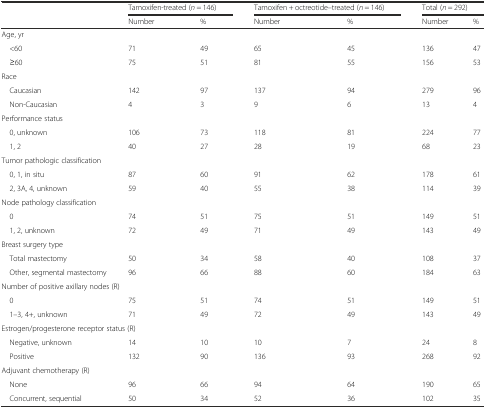
<table><thead><tr><td></td><td colspan="2"><b>Tamoxifen-treated (<i>n</i> = 146)</b></td><td colspan="2"><b>Tamoxifen + octreotide–treated (<i>n</i> = 146)</b></td><td colspan="2"><b>Total (<i>n</i> = 292)</b></td></tr><tr><td></td><td><b>Number</b></td><td><b>%</b></td><td><b>Number</b></td><td><b>%</b></td><td><b>Number</b></td><td><b>%</b></td></tr></thead><tbody><tr><td colspan="7">Age, yr</td></tr><tr><td> &lt;60</td><td>71</td><td>49</td><td>65</td><td>45</td><td>136</td><td>47</td></tr><tr><td> ≥60</td><td>75</td><td>51</td><td>81</td><td>55</td><td>156</td><td>53</td></tr><tr><td colspan="7">Race</td></tr><tr><td> Caucasian</td><td>142</td><td>97</td><td>137</td><td>94</td><td>279</td><td>96</td></tr><tr><td> Non-Caucasian</td><td>4</td><td>3</td><td>9</td><td>6</td><td>13</td><td>4</td></tr><tr><td colspan="7">Performance status</td></tr><tr><td> 0, unknown</td><td>106</td><td>73</td><td>118</td><td>81</td><td>224</td><td>77</td></tr><tr><td> 1, 2</td><td>40</td><td>27</td><td>28</td><td>19</td><td>68</td><td>23</td></tr><tr><td colspan="7">Tumor pathologic classification</td></tr><tr><td> 0, 1, in situ</td><td>87</td><td>60</td><td>91</td><td>62</td><td>178</td><td>61</td></tr><tr><td> 2, 3A, 4, unknown</td><td>59</td><td>40</td><td>55</td><td>38</td><td>114</td><td>39</td></tr><tr><td colspan="7">Node pathology classification</td></tr><tr><td> 0</td><td>74</td><td>51</td><td>75</td><td>51</td><td>149</td><td>51</td></tr><tr><td> 1, 2, unknown</td><td>72</td><td>49</td><td>71</td><td>49</td><td>143</td><td>49</td></tr><tr><td colspan="7">Breast surgery type</td></tr><tr><td> Total mastectomy</td><td>50</td><td>34</td><td>58</td><td>40</td><td>108</td><td>37</td></tr><tr><td> Other, segmental mastectomy</td><td>96</td><td>66</td><td>88</td><td>60</td><td>184</td><td>63</td></tr><tr><td colspan="7">Number of positive axillary nodes (R)</td></tr><tr><td> 0</td><td>75</td><td>51</td><td>74</td><td>51</td><td>149</td><td>51</td></tr><tr><td> 1–3, 4+, unknown</td><td>71</td><td>49</td><td>72</td><td>49</td><td>143</td><td>49</td></tr><tr><td colspan="7">Estrogen/progesterone receptor status (R)</td></tr><tr><td> Negative, unknown</td><td>14</td><td>10</td><td>10</td><td>7</td><td>24</td><td>8</td></tr><tr><td> Positive</td><td>132</td><td>90</td><td>136</td><td>93</td><td>268</td><td>92</td></tr><tr><td colspan="7">Adjuvant chemotherapy (R)</td></tr><tr><td> None</td><td>96</td><td>66</td><td>94</td><td>64</td><td>190</td><td>65</td></tr><tr><td> Concurrent, sequential</td><td>50</td><td>34</td><td>52</td><td>36</td><td>102</td><td>35</td></tr></tbody></table>